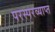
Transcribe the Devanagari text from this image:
परस्परव्याप्त